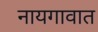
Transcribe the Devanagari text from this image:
नायगावात